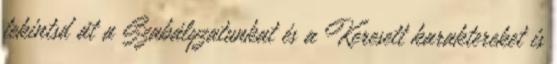
tekintsd át a Szabályzatunkat és a Keresett karaktereket is